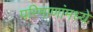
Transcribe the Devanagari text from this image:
परिमाणांमध्ये